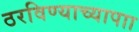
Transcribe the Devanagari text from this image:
ठरविण्याच्यापाा